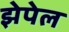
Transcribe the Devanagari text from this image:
झेपेल